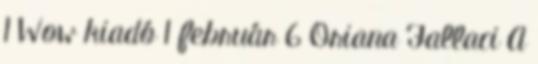
1 Wow kiadó 1 február 6 Oriana Fallaci A